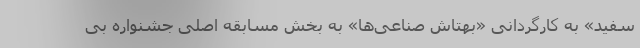
سفید» به کارگردانی «بهتاش صناعی‌ها» به بخش مسابقه اصلی جشنواره بی